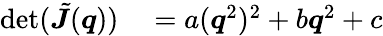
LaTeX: \begin{array}{rl}{\operatorname*{det}(\tilde{\boldsymbol J}(\boldsymbol q))}&{{}=a(\boldsymbol q^{2})^{2}+b\boldsymbol q^{2}+c}\end{array}